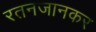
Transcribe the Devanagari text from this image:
रतनजानकर